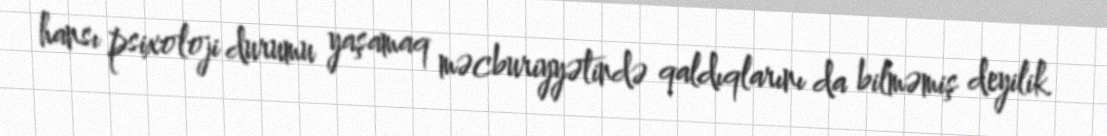
hansı psixoloji durumu yaşamaq məcburiyyətində qaldıqlarını da bilməmiş deyilik.